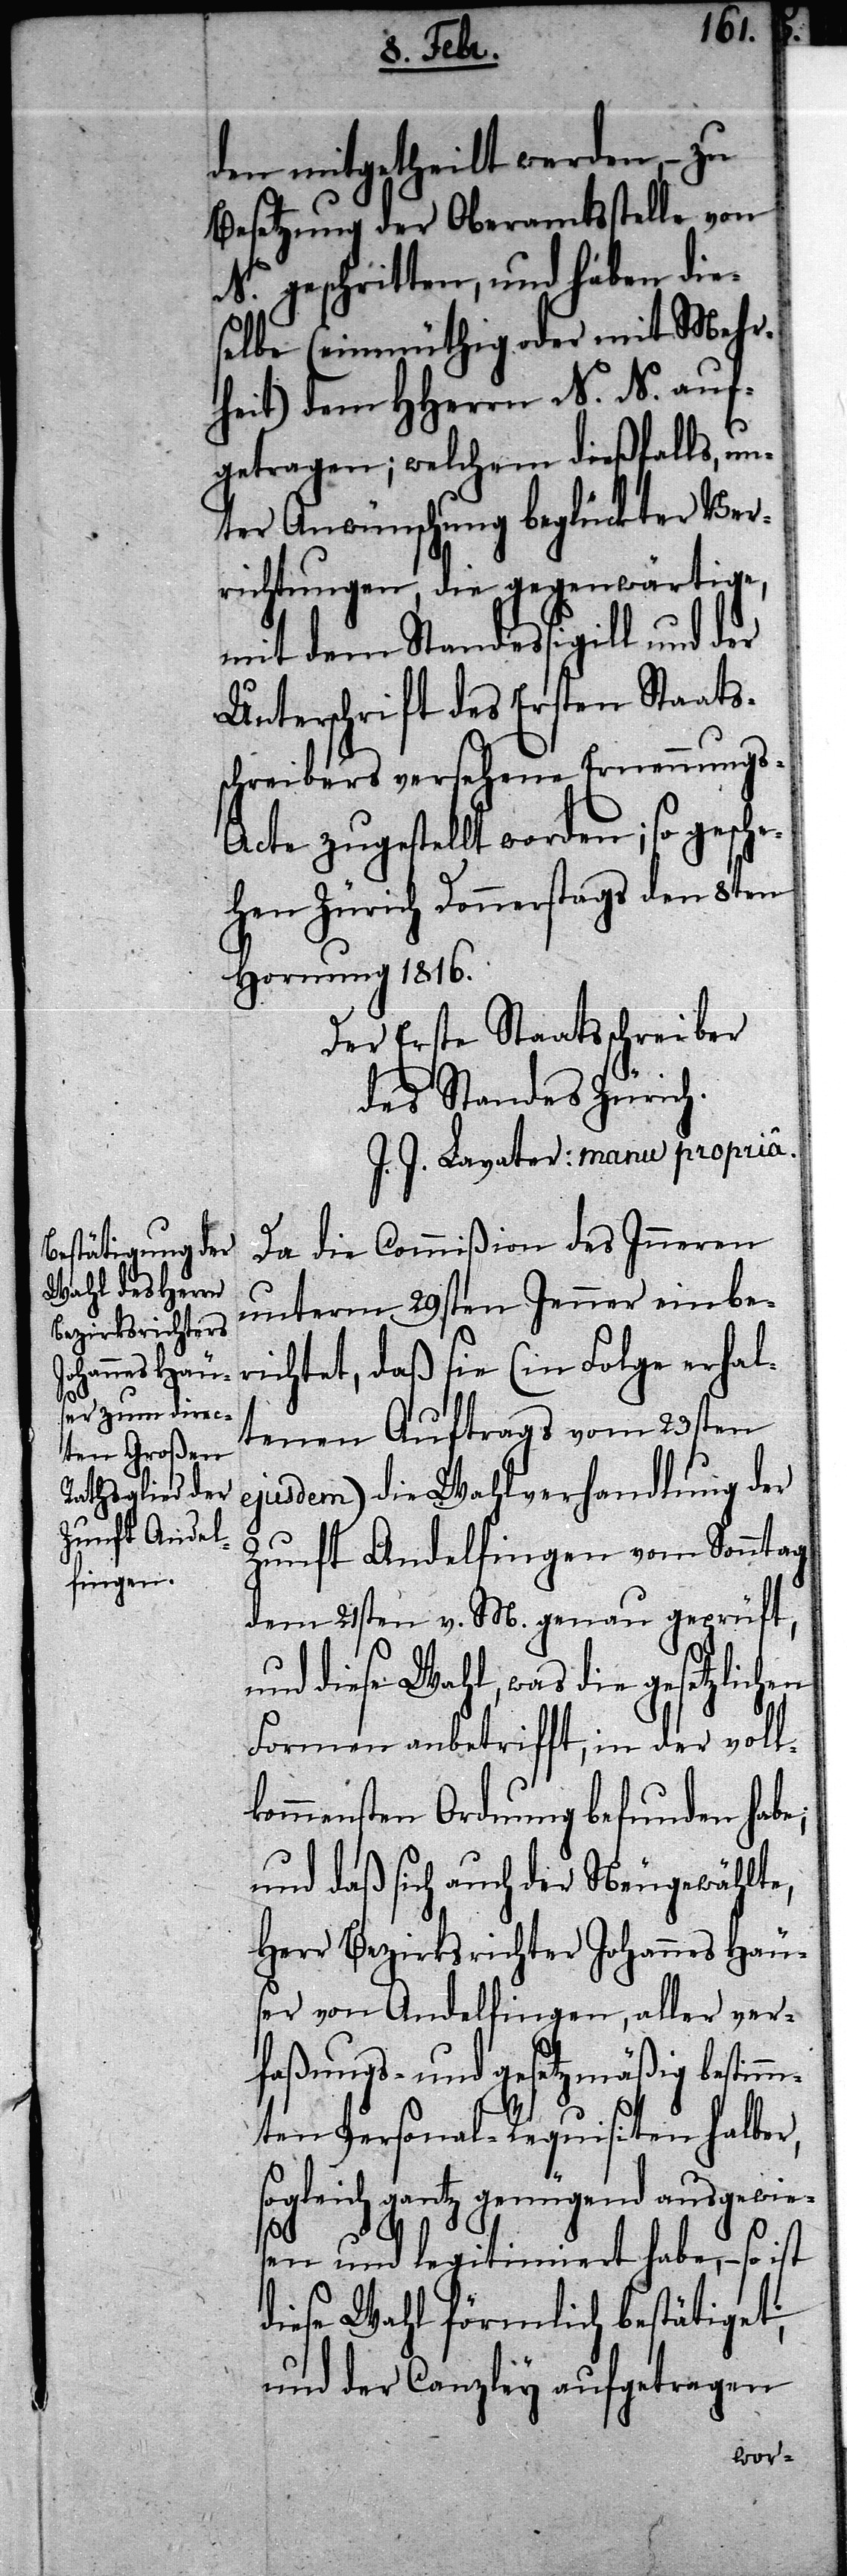
so¬

Da die Commißion des Inneren
unterm 29sten Jenner einbe¬
richtet, daß sie (in Folge erhal¬
tenen Auftrags vom 23sten
ejusdem) die Wahlverhandlung der
Zunft Andelfingen vom Sonntag
dem 21sten v. M. genau geprüft,
und diese Wahl, was die gesetzlichen
Formen anbetrifft, in der voll¬
kommensten Ordnung befunden habe;
und daß sich auch der Neugewählte,
Herr Bezirksrichter Johannes Häu¬
ser von Andelfingen, aller ver¬
faßungs- und gesetzmäßig bestimm¬
ten Personal-Requisiten halber,
gleich gantz genügend ausgewie¬
sen und legitimiert habe, – so ist
diese Wahl förmlich bestätiget,
und der Canzley aufgetragen